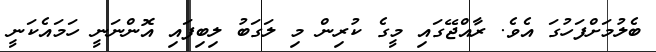
ބެލުމަށްފަހުގަ އެވެ. ރާއްޖޭގައި މީގެ ކުރިން މި ލަގަބު ލިބިފައި އޮންނަނީ ހަމައެކަނީ